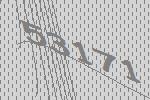
53171